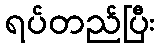
ရပ်တည်ပြီး